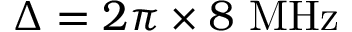
\Delta = 2 \pi \times 8 ~ \mathrm { { M H z } }